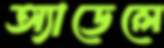
অ্যাডেলে